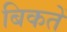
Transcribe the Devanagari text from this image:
बिकतें